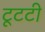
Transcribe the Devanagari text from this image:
टूटटी